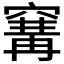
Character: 𥧒